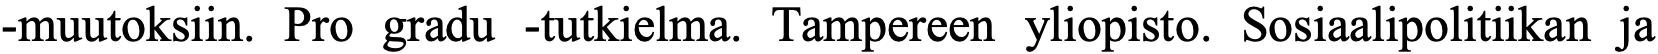
-muutoksiin. Pro gradu -tutkielma. Tampereen yliopisto. Sosiaalipolitiikan ja